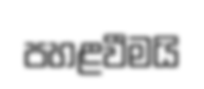
පහළවීමයි